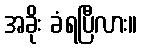
အခိုး ခံရပြီလား။